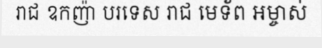
រាជ ឧកញ៉ា បរទេស រាជ មេទ័ព អម្ចាស់